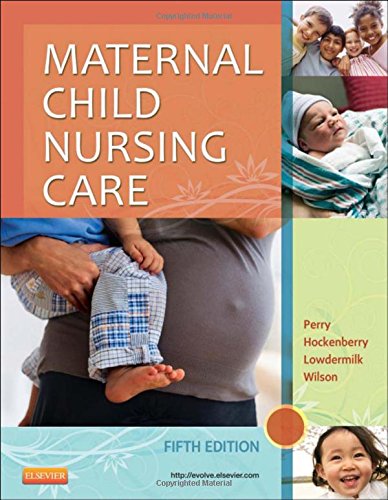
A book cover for Maternal Child Nursing Care, 5e; Shannon E. Perry RN  PhD  FAAN; Medical Books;